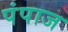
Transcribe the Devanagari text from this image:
पंपाज